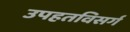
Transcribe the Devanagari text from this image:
उपहतविसर्ग